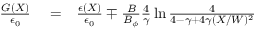
\begin{array} { r l r } { \frac { G ( X ) } { \epsilon _ { 0 } } } & { { } = } & { \frac { \epsilon ( X ) } { \epsilon _ { 0 } } \mp \frac { B } { B _ { \phi } } \frac { 4 } { \gamma } \ln \frac { 4 } { 4 - \gamma + 4 \gamma ( X / W ) ^ { 2 } } } \end{array}